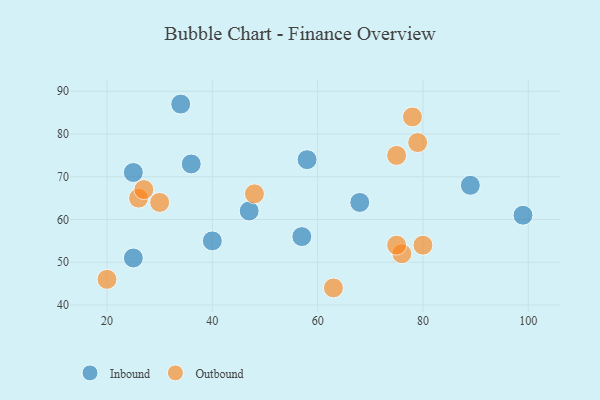
{"axis": {"x": "GDP", "y": "Life Expectancy"}, "legend": ["Inbound", "Outbound"], "data": [{"x": "89", "y": 68, "type": "Inbound"}, {"x": "36", "y": 73, "type": "Inbound"}, {"x": "25", "y": 71, "type": "Inbound"}, {"x": "47", "y": 62, "type": "Inbound"}, {"x": "25", "y": 51, "type": "Inbound"}, {"x": "99", "y": 61, "type": "Inbound"}, {"x": "34", "y": 87, "type": "Inbound"}, {"x": "58", "y": 74, "type": "Inbound"}, {"x": "57", "y": 56, "type": "Inbound"}, {"x": "40", "y": 55, "type": "Inbound"}, {"x": "68", "y": 64, "type": "Inbound"}, {"x": "26", "y": 65, "type": "Outbound"}, {"x": "79", "y": 78, "type": "Outbound"}, {"x": "78", "y": 84, "type": "Outbound"}, {"x": "80", "y": 54, "type": "Outbound"}, {"x": "48", "y": 66, "type": "Outbound"}, {"x": "27", "y": 67, "type": "Outbound"}, {"x": "20", "y": 46, "type": "Outbound"}, {"x": "76", "y": 52, "type": "Outbound"}, {"x": "30", "y": 64, "type": "Outbound"}, {"x": "63", "y": 44, "type": "Outbound"}, {"x": "75", "y": 54, "type": "Outbound"}, {"x": "75", "y": 75, "type": "Outbound"}]}